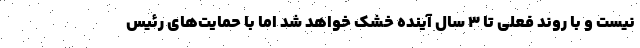
نیست و با روند فعلی تا ۳ سال آینده خشک خواهد شد اما با حمایت‌های رئیس